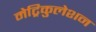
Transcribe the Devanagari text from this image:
मेट्रिकुलेशन